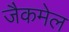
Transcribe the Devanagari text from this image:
जैकमेल